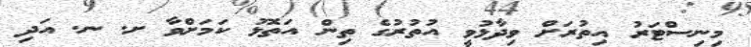
މިނިސްޓަރު އިތުރަށް ވިދާޅުވީ އުތުރުގެ ތިން އަތޮޅު ކަމަށްވާ ށ. ނ. އަދި